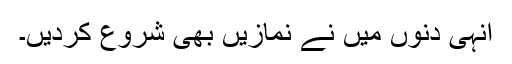
انہی دنوں میں نے نمازیں بھی شروع کردیں۔